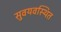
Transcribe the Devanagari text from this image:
सुवयवस्थित